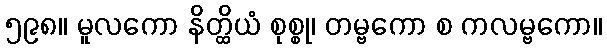
၅၉၈။ မူလကော နိတ္ထိယံ စုစ္စု၊ တမ္ဗကော စ ကလမ္ဗကော။